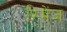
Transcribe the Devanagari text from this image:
रिमेंज़